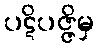
ပဋိပဇ္ဇိမှ